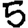
Digit: 5